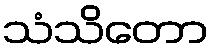
သံသိတော